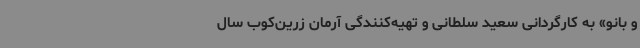
و بانو» به کارگردانی سعید سلطانی و تهیه‌کنندگی آرمان زرین‌کوب سال